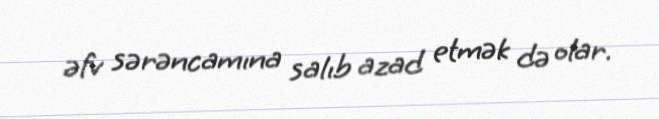
əfv sərəncamına salıb azad etmək də olar.